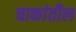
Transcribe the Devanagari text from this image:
चाकांतील